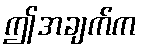
ဤအချက်က